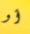
أو